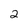
Character: 2